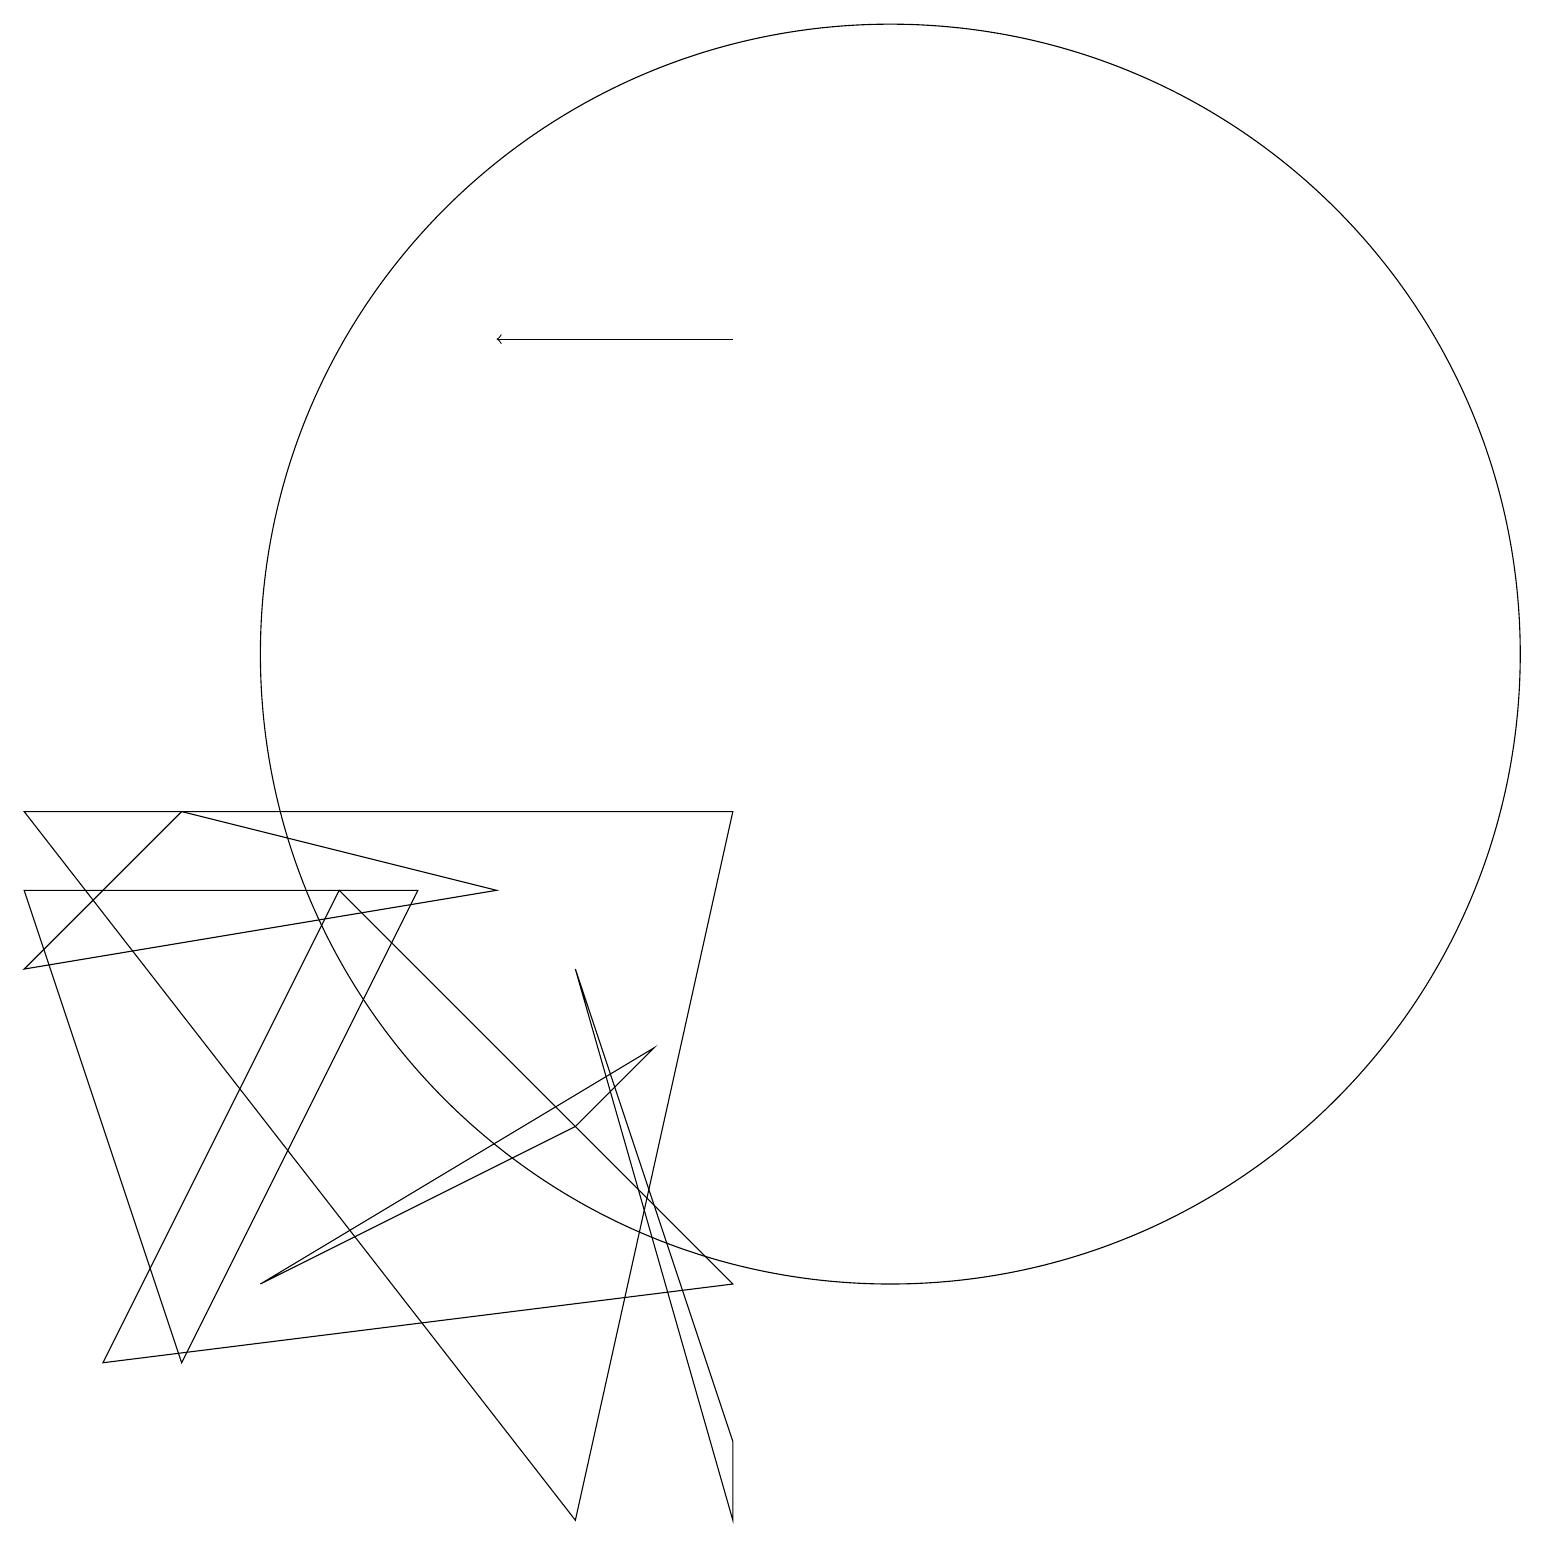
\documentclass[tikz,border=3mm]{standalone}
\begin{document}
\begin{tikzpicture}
\draw (11,11) circle (8);
\draw (9,1) -- (9,0) -- (7,7) -- cycle;
\draw (2,9) -- (0,7) -- (6,8) -- cycle;
\draw (5,8) -- (0,8) -- (2,2) -- cycle;
\draw[->] (9,15) -- (6,15);
\draw (7,5) -- (3,3) -- (8,6) -- cycle;
\draw (1,2) -- (9,3) -- (4,8) -- cycle;
\draw (9,9) -- (7,0) -- (0,9) -- cycle;
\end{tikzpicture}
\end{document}